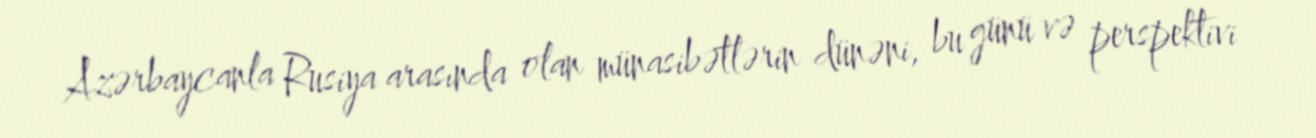
Azərbaycanla Rusiya arasında olan münasibətlərin dünəni, bu günü və perspektivi